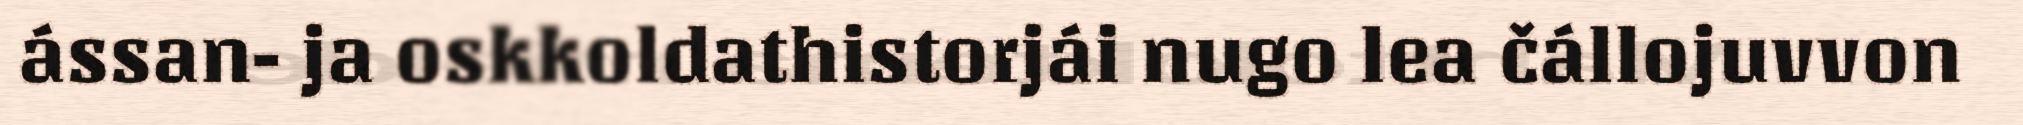
ássan- ja oskkoldathistorjái nugo lea čállojuvvon